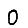
Digit: 0